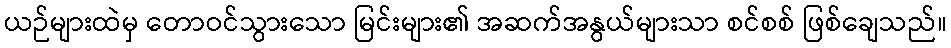
ယဉ်များထဲမှ တောဝင်သွားသော မြင်းများ၏ အဆက်အနွယ်များသာ စင်စစ် ဖြစ်ချေသည်။